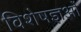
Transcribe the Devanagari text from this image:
विशेषज्ञओं